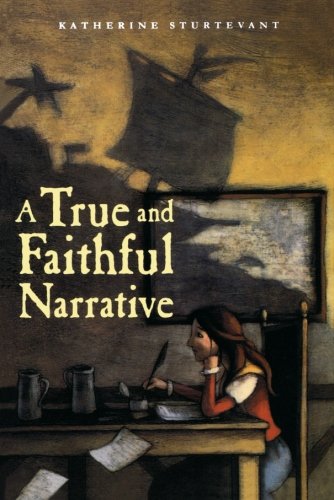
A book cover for A True and Faithful Narrative; Katherine Sturtevant; Teen & Young Adult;